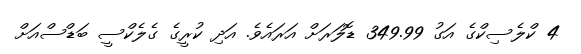
4 ކްލެސިކްގެ އަގު 349.99 ޑޮލަރަށް އަރައެވެ. އަދި ކުރީގެ ގެލެކްސީ ބަޑްސްއަށް